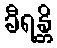
ခီရန္တိ